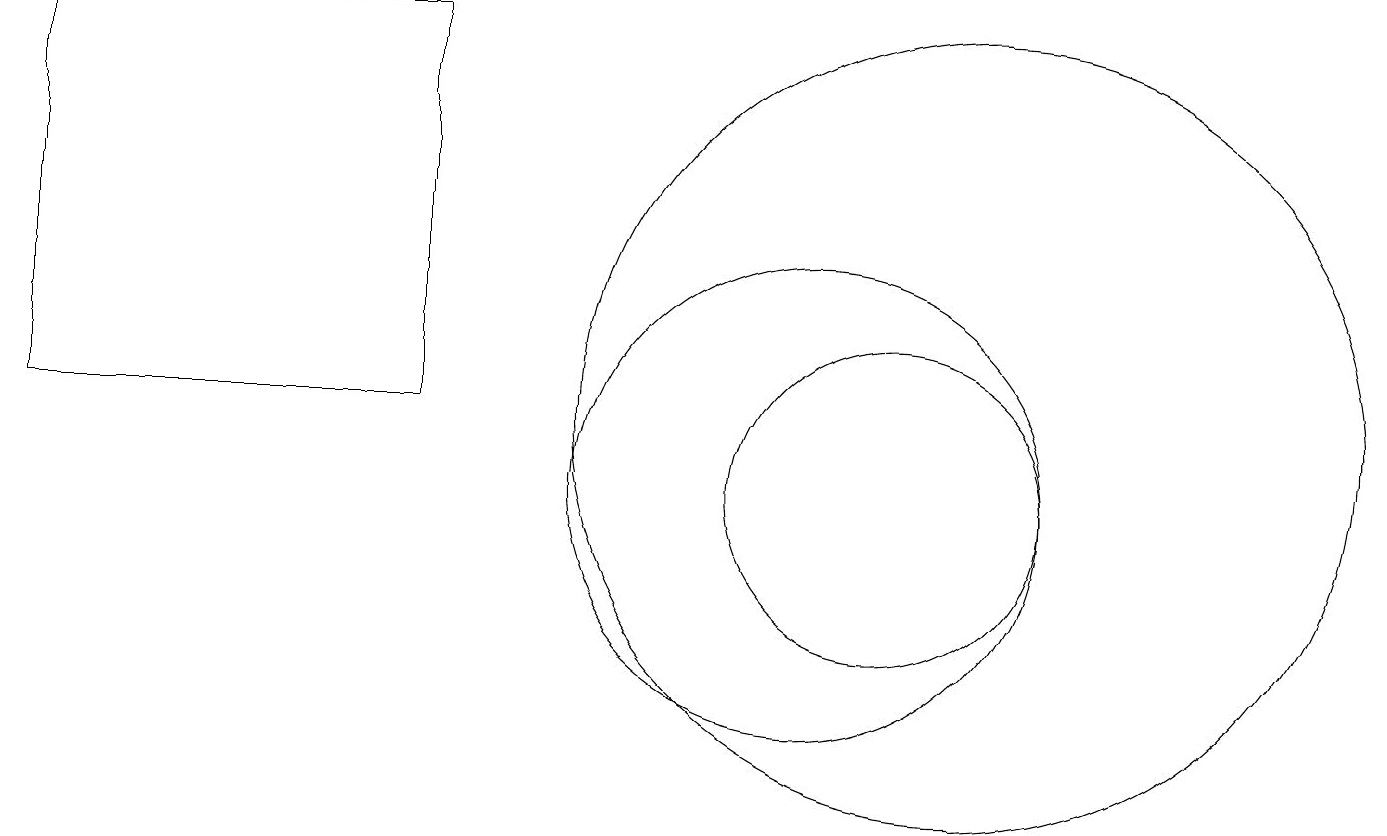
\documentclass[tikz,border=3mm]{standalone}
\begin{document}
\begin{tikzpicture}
\draw (11,10) circle (2);
\draw (0,11) rectangle (5,16);
\draw (12,11) circle (5);
\draw (10,10) circle (3);
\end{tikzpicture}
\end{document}